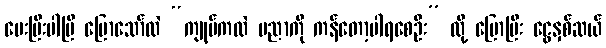
ပေးပြီးပါပြီ ပြောသော်လဲ “ကျုပ်ကလဲ ပညာကို ကန်တော့ပါရစေဦး” လို့ ပြောပြီး ငွေနှစ်ဆယ်